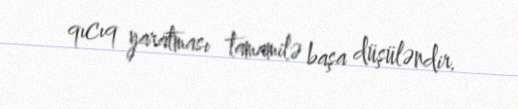
qıcıq yaratması tamamilə başa düşüləndir.